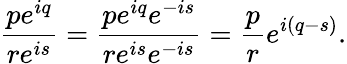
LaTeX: {\frac{pe^{iq}}{re^{is}}}={\frac{pe^{iq}e^{-is}}{re^{is}e^{-is}}}={\frac{p}{r}}e^{i(q-s)}.